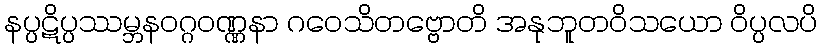
နပ္ပဋိပ္ပဿမ္ဘနဝဂ္ဂဝဏ္ဏနာ ဂဝေသိတဗ္ဗောတိ အနုဘူတဝိသယော ဝိပ္ပလပိ